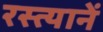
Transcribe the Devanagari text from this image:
रस्त्यानें